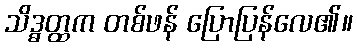
သိဒ္ဓတ္ထက တစ်ဖန် ပြောပြန်လေ၏။